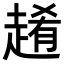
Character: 𧼡